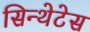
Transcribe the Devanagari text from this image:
सिन्थेटेस